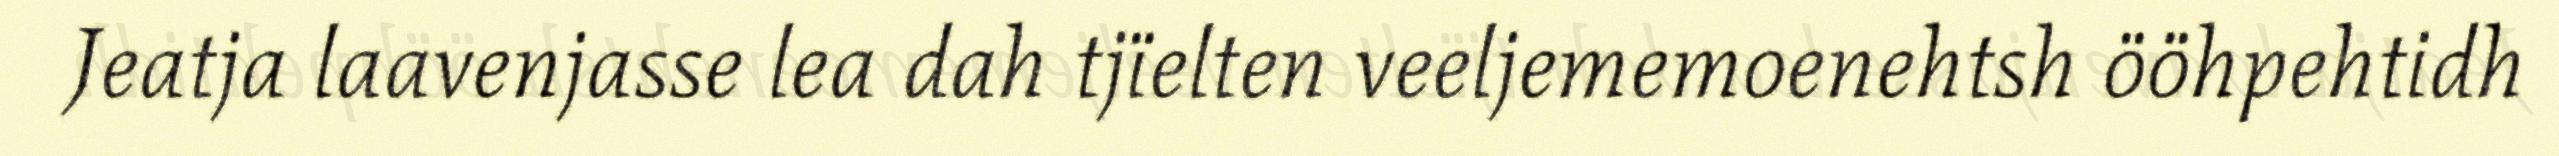
Jeatja laavenjasse lea dah tjïelten veeljememoenehtsh ööhpehtidh